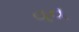
વવ